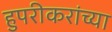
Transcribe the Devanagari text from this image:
हुपरीकरांच्या